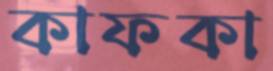
কাফকা